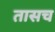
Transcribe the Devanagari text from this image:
तासच